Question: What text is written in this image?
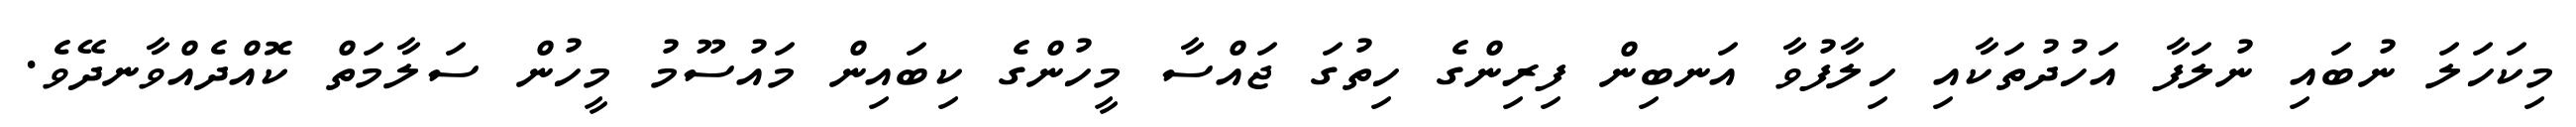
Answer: މިކަހަލަ ނުބައި ނުލަފާ އަހުދުތަކާއި ހިލާފުވާ އަނބިން ފިރިންގެ ހިތުގަ ޖައްސާ މީހުންގެ ކިބައިން މައުސޫމު މީހުން ސަލާމަތް ކޮއްދެއްވާނދޭވެ.